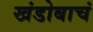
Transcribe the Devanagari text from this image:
खंडोबाचं